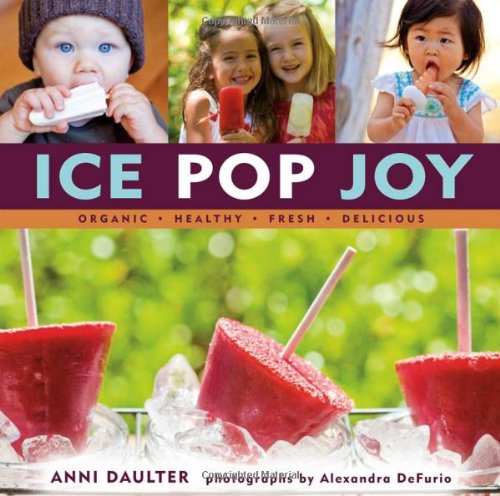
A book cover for Ice Pop Joy: Organic, Healthy, Fresh, Delicious; Anni Daulter; Cookbooks, Food & Wine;